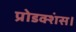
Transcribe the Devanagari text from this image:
प्रोडक्शंस।